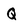
Character: Q